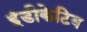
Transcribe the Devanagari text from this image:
इंडीकेटिव